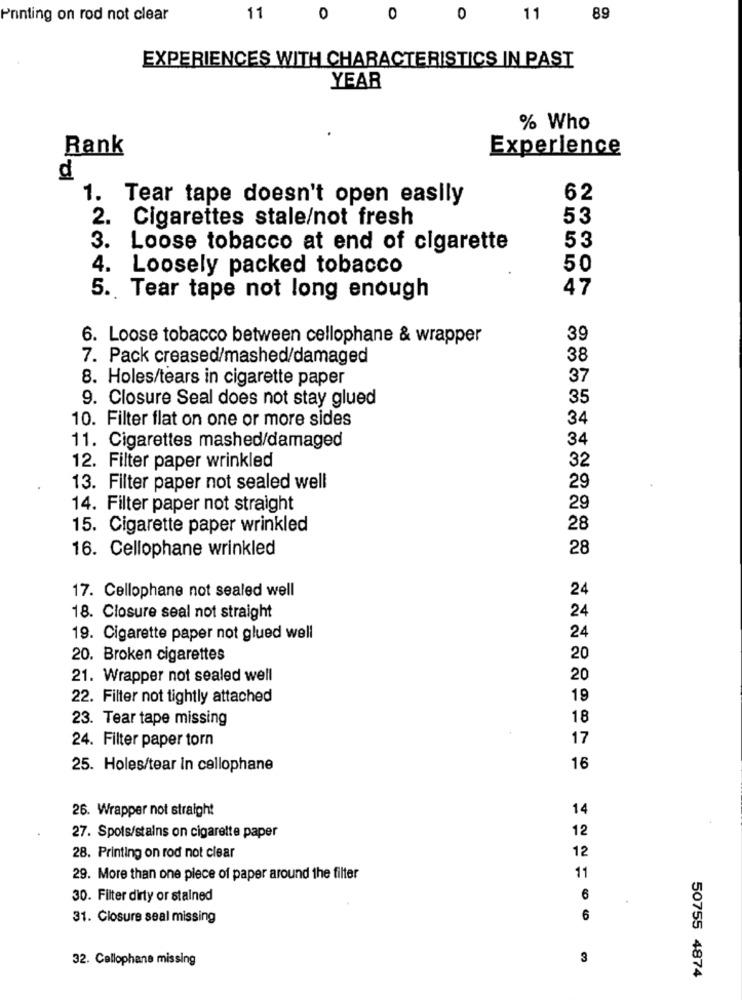
Printing on rod not clear
11
0
0
0
11
89
EXPERIENCES WITH CHARACTERISTICS IN PAST
YEAR
% Who
Rank
Experience
d
1. Tear tape doesn't open easily
62
2. Cigarettes stale/not fresh
53
3. Loose tobacco at end of cigarette
53
4. Loosely packed tobacco
50
47
5. Tear tape not long enough
6. Loose tobacco between cellophane & wrapper
39
7. Pack creased/mashed/damaged
38
8. Holes/tears in cigarette paper
37
9. Closure Seal does not stay glued
35
34
10. Filter flat on one or more sides
34
11. Cigarettes mashed/damaged
32
12. Filter paper wrinkled
29
13. Filter paper not sealed well
14. Filter paper not straight
29
15. Cigarette paper wrinkled
28
16. Cellophane wrinkled
28
24
17. Cellophane not sealed well
18. Closure seal not straight
24
19. Cigarette paper not glued well
24
20. Broken cigarettes
20
21. Wrapper not sealed well
20
22. Filter not tightly attached
19
23. Tear tape missing
18
24. Filter paper torn
17
25. Holes/tear in cellophane
16
26. Wrapper not straight
14
12
27. Spots/stalns on cigarette paper
12
28. Printing on rod not clear
11
29. More than one piece of paper around the filter
30. Filter dirty or stained
6
31. Closure seal missing
6
32. Cellophane missing
3
50755 4874